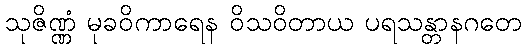
သုဇိဏ္ဏံ မုခဝိကာရေန ဝိသဝိတာယ ပရသန္တာနဂတေ